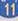
11